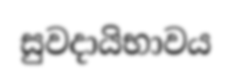
සුවදායිභාවය